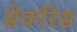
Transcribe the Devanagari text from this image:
सेकरिस